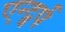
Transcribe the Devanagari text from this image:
एन्ट्वर्प